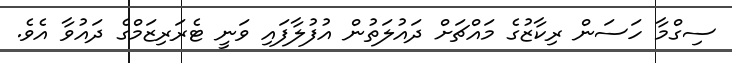
ސިގްމާ ހަސަން ރިކާޒުގެ މައްޗަށް ދައުލަތުން އުފުލާފައި ވަނީ ޓެރަރިޒަމްގެ ދައުވާ އެވެ.